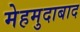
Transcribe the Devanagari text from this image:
मेहमुदाबाद